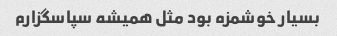
بسیار خوشمزه بود مثل همیشه سپاسگزارم